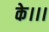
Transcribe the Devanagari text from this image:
के।।।